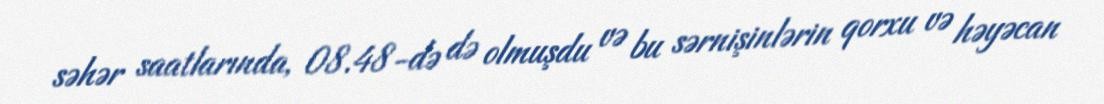
səhər saatlarında, 08.48-də də olmuşdu və bu sərnişinlərin qorxu və həyəcan